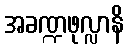
အခဏ္ဍဖုလ္လာနိ